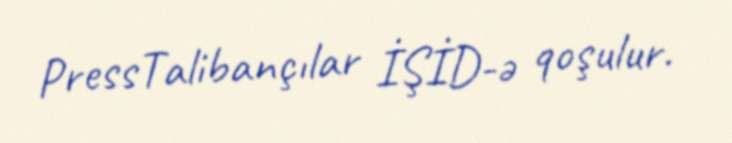
PressTalibançılar İŞİD-ə qoşulur.